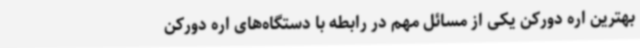
بهترین اره دورکن یکی از مسائل مهم در رابطه با دستگاه‌های اره دورکن